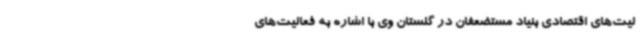
لیت‌های اقتصادی بنیاد مستضعفان در گلستان وی با اشاره به فعالیت‌های